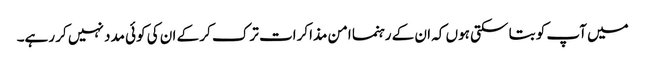
میں آپ کو بتا سکتی ہوں کہ ان کے رہنما امن مذاکرات ترک کر کے ان کی کوئی مدد نہیں کر رہے۔